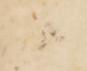
候